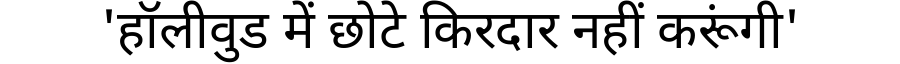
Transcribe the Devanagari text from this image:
'हॉलीवुड में छोटे किरदार नहीं करूंगी'